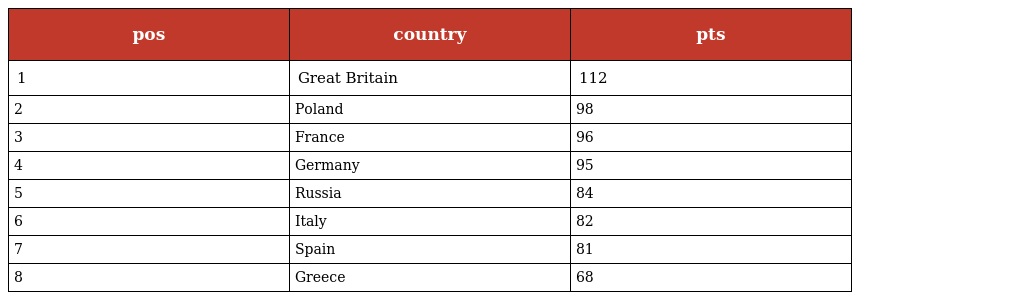
| pos | country | pts |
 | --- | --- | --- |
 | 1 | Great Britain | 112 |
 | 2 | Poland | 98 |
 | 3 | France | 96 |
 | 4 | Germany | 95 |
 | 5 | Russia | 84 |
 | 6 | Italy | 82 |
 | 7 | Spain | 81 |
 | 8 | Greece | 68 |